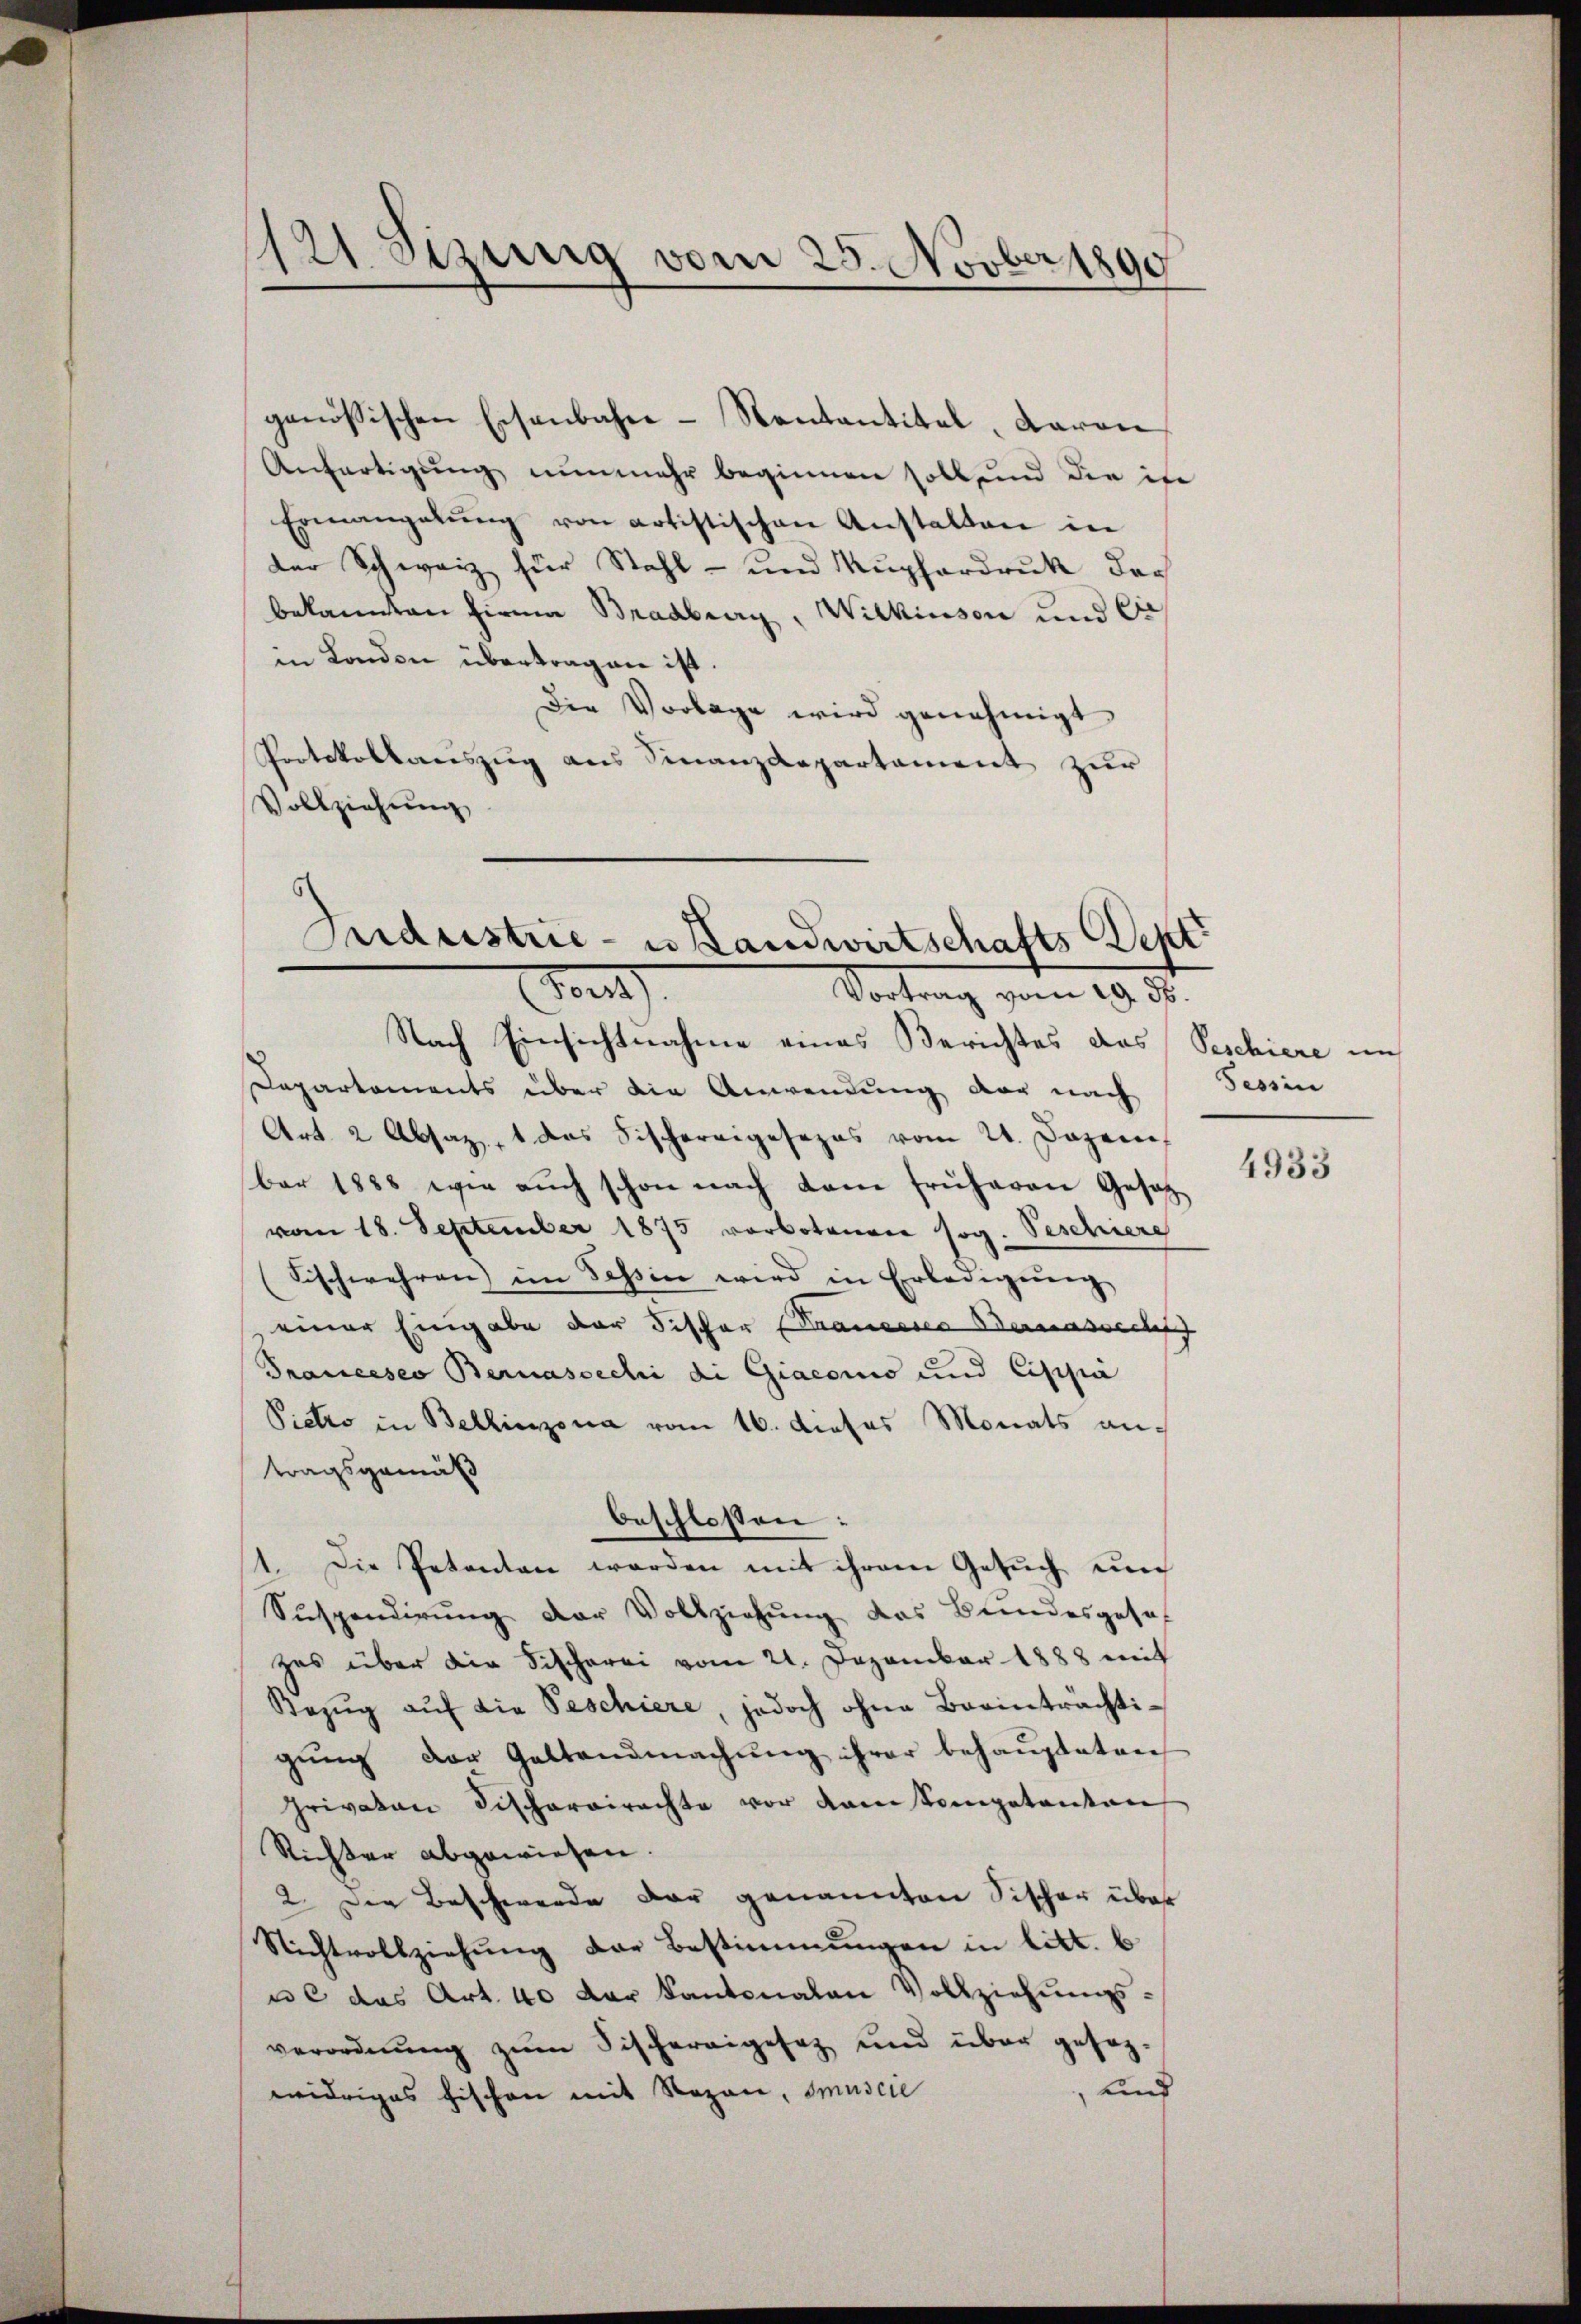
121. Sizung vom 25. Novber 1890

genössischen Eisenbahn-Kantantitel, Baron
Anfertigung nunmehr beginnen soll und die ist
Ermangelŭng von artistischen Anstalten in
der Schweiz für Stahl- und Kupferdruk der
bekannten Firma Bradbrurg, Wilkinson und Ci
in London übertragen ist.
Die Vorlage wird genehmigt
Protokollauszug aus Finanzdepartament zur
Vollziehung

Industrie- u Landwirtschafts Sept
Fon
Vortrag vom 19. ds.

beschlossen:

Nach Einsichtnahme eines Berichtes das Peschiere uns
Departements über die Anwendung der nach Tessin
Art. 2 Absaz, 1 das Fischereigesezes vom 21. Dezem
ber 1888 wie aŭch schon nach dem früheren Gesetz
vom 18. September 1875 vorbotenen sog. Beschiere
Fischwehren im Tessin wird in Erledigung
 einer Eingabe der Fischer Krancesca Serasrecht
Trancesco Bernasoechi di Giaconis und Cippi
Pietro in Bellinzona vom 16. dieses Monats antragsgemäß
11. Die Petenten werden mit ihrem Gesuch um
Suspendirung der Vollziehŭng das Bundesgeset
zes über die Fischerei vom 21. Dezember 1888 mit
Bezŭg aŭf die Beschiere, jedoch ohne Beeinträchtigung der Geltendmachung ihrer behaupteten
privaten Fischeroirachte vor kam kompetenten
Richter abgewiesen.
2. Der Beschwerde dar genannten Fischer über
Nichtvollziehung der Bestimmungen in litt. b
ul das Art. 40 der Kantonalen Vollziehŭngs-
verordnung zum Fischereigesez und über gesag¬
und
widriges Fischen mit Rozan, Imuscie

4933